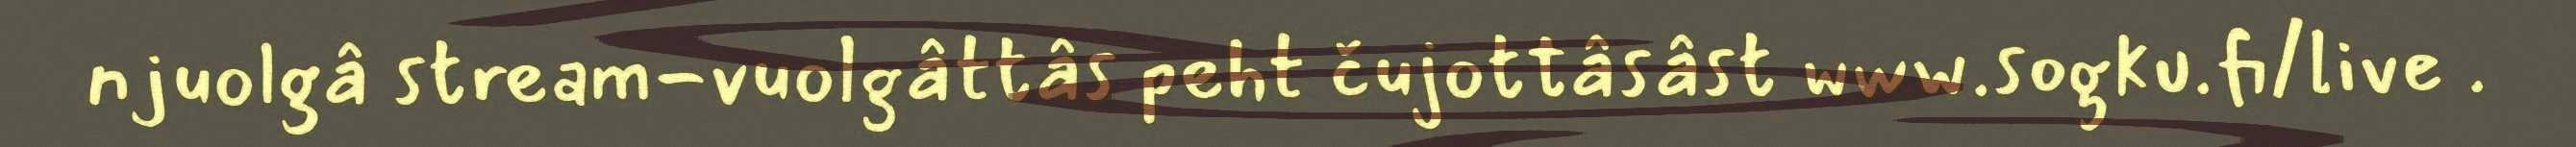
njuolgâ stream-vuolgâttâs peht čujottâsâst www.sogku.fi/live .